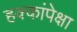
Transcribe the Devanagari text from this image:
हक्कांपेक्षा